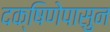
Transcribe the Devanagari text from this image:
दक्षिणेपासुन